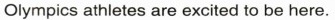
Olympics athletes are excited to be here.